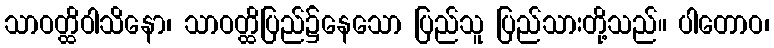
သာဝတ္ထိဝါသိနော၊ သာဝတ္ထိပြည်၌နေသော ပြည်သူ ပြည်သားတို့သည်။ ပါတောဝ၊